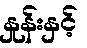
နှုန်းနှင့်